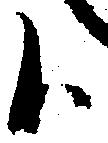
候